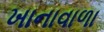
ખાનાવાળા